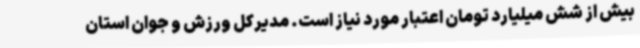
بیش از شش میلیارد تومان اعتبار مورد نیاز است. مدیرکل ورزش و جوان استان